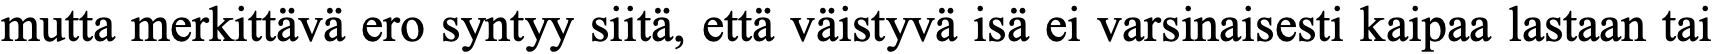
mutta merkittävä ero syntyy siitä, että väistyvä isä ei varsinaisesti kaipaa lastaan tai